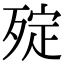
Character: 㱨